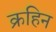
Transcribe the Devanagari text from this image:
क्रहिन